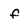
Character: f